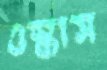
ওস্‌কাস